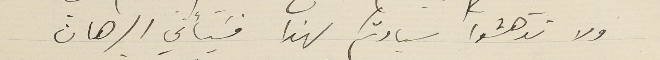
ولا تدهشوا سيادتكم لهذا فَيأتي البرهان